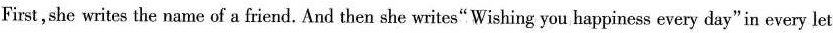
First,she writes the name of a friend. And then she writes" Wishing you happiness every day"in every let-